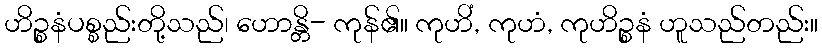
ဟိဉ္စနံပစ္စည်းတို့သည်၊ ဟောန္တိ- ကုန်၏။ ကုဟိံ, ကုဟံ, ကုဟိဉ္စနံ ဟူသည်တည်း။